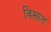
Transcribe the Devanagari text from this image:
विसात